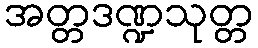
အတ္တဒဏ္ဍသုတ္တ